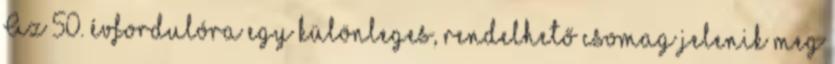
Az 50. évfordulóra egy különleges, rendelhető csomag jelenik meg